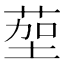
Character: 𫈠